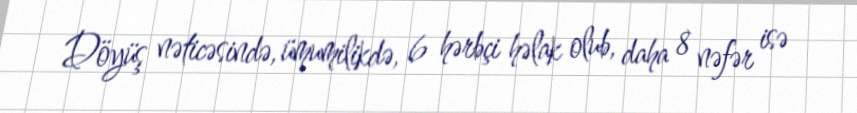
Döyüş nəticəsində, ümumilikdə, 6 hərbçi həlak olub, daha 8 nəfər isə